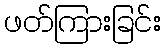
ဖတ်ကြားခြင်း